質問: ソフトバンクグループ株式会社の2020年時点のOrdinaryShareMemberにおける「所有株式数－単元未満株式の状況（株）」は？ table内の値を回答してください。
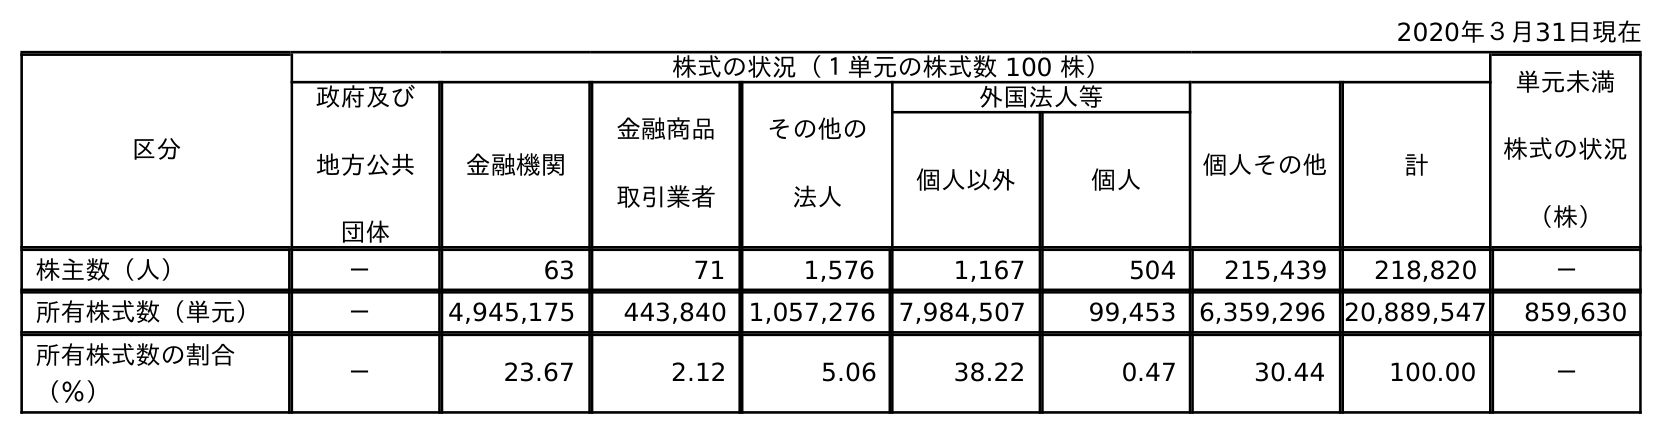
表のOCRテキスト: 2020年３月31日現在 区分 株式の状況（１単元の株式数 100 株） 単元未満 株式の状況 （株） 政府及び 地方公共 団体 金融機関 金融商品 取引業者 その他の 法人 外国法人等 個人その他 計 個人以外 個人 株主数（人） － 63 71 1,576 1,167 504 215,439 218,820 － 所有株式数（単元） － 4,945,175 443,840 1,057,276 7,984,507 99,453 6,359,296 20,889,547 859,630 所有株式数の割合 （％） － 23.67 2.12 5.06 38.22 0.47 30.44 100.00 －
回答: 859,630